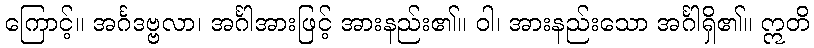
ကြောင့်။ အင်္ဂဒဗ္ဗလာ၊ အင်္ဂါအားဖြင့် အားနည်း၏။ ဝါ၊ အားနည်းသော အင်္ဂါရှိ၏။ ဣတိ